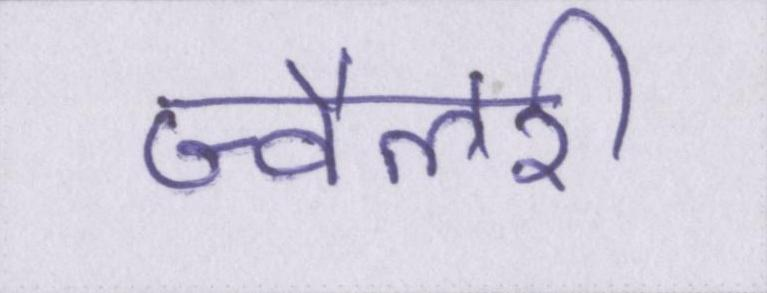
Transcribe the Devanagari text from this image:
ज्वैलरी